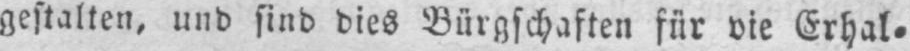
Erhal⸗